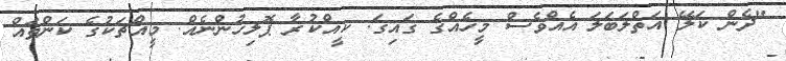
"ދެން ކަލޭ އަތްލަބަލަ އެއްވެސް މީހެއްގެ ގައިގަ. ކީއްކުރާ ޕޮލިހުންނެއް. މީއްޗަކުގެ ކަންތައް